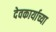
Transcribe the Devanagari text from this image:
देवकार्याच्या